Leaving Certificate Examination (including Day School Certificate (Higher) General paper), 1928
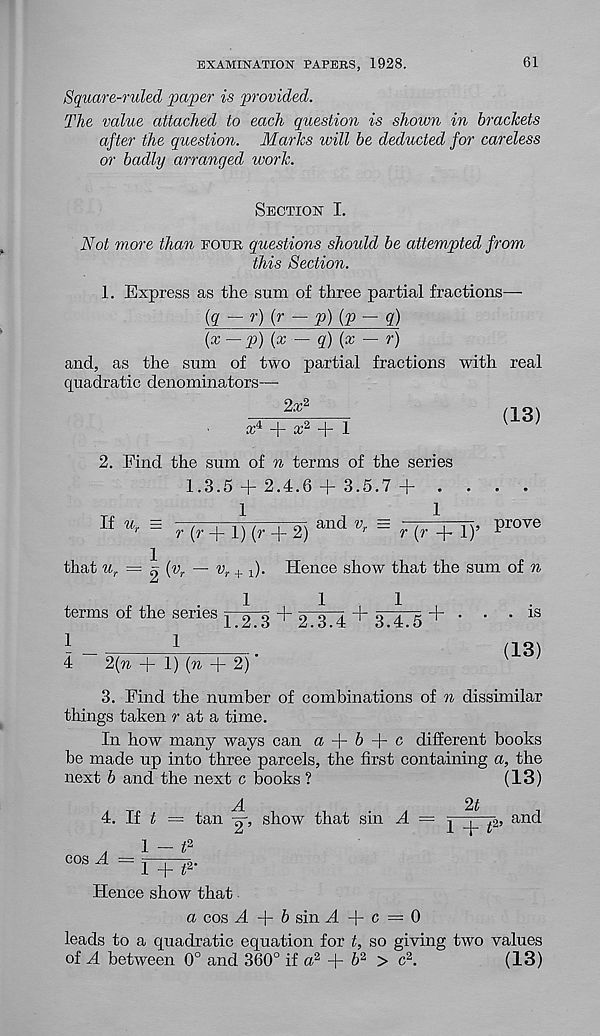
EXAMINATION PAPERS, 1928.
61
Square-ruled paper is provided.
The value attached to each question is shown in brackets
after the question. Marks will be deducted for careless
or badly arranged work.
Section I.
Not more than four questions should be attempted from
this Section.
1. Express as the sum of three partial fractions—
(g ~r){r - p) (p - q)
(x — p) {x — q) (x — r)
and, as the sum of two partial fractions with real
quadratic denominators—
2a: 2
ad + a? 2 + 1
(13)
2. Find the sum of n terms of the series
1.3.5 + 2.4.6 + 3.5.7 + ....
Tp
1,1
If u r = —7—| w —r“77T and v r =
—;—pt, prove
f
r(r+l)(r + 2)
r
r (r + 1)
that u r = ^{v r — v r + f). Hence show that the sum of n
terms of the series ^ 2 3
1 _
1
’
4
2(n + 1) (to -|- 2) ’
1
2.3.4 + 3.4.5+ • •
is
(13)
3. Find the number of combinations of n dissimilar
things taken r at a time.
In how many ways can a + 6 + c different hooks
be made up into three parcels, the first containing a, the
next b and the next c books ?
(13)
4. If £ = tan -g-, show that sin A = ^ TiTff’ an( i
„
1 - P
003 A = r+T 2 '
Hence show that
a cos A
b sin A
c = 0
leads to a quadratic equation for t, so giving two values
of A between 0° and 360° if a 2 + 6 2 > c 2 .
(13)